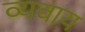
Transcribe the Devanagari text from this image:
व्यवाय